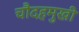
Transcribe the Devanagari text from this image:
चौदहमुखी